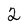
Character: 2